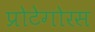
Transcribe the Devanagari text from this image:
प्रोटेगोरस